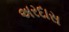
અરદાસ